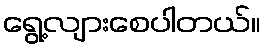
ရွေ့လျားစေပါတယ်။